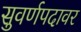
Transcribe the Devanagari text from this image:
सुवर्णपदावर